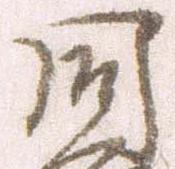
同